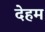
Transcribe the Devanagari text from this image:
देहम